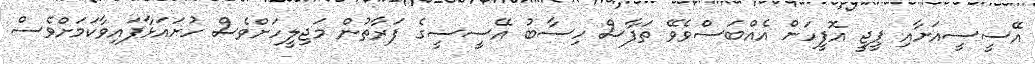
އޭސީސީއަށާއި ޕީޖީ އޮފީހަށް އެއްބަަސްވެވޭ ތަފާސް ހިސާބު އޭސީސީގެ ފަރާތުން މަޖިލީހަށްވެސް ހުށައަޅާފައިވާކަމަށްވެސް